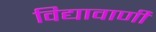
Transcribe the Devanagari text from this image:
विद्यावाणी